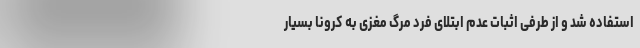
استفاده شد و از طرفی اثبات عدم ابتلای فرد مرگ مغزی به کرونا بسیار